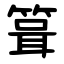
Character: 箿